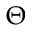
\Theta